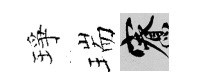
琤瑞寮